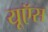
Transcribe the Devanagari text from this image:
यूऍस